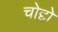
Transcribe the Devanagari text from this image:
चोद्दो